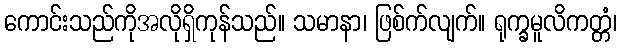
ကောင်းသည်ကိုအလိုရှိကုန်သည်။ သမာနာ၊ ဖြစ်က်လျက်။ ရုက္ခမူလိကတ္တံ၊